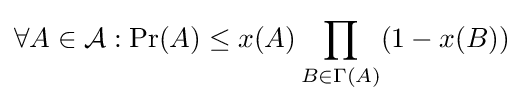
\forall A\in {\mathcal {A}}:\Pr(A)\leq x(A)\prod _{B\in \Gamma (A)}(1-x(B))